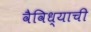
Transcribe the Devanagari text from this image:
वैविध्याची